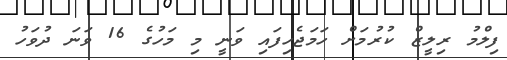
ފިލްމު ރިލީޒް ކުރުމަށް ހަމަޖެހިފައި ވަނީ މި މަހުގެ 16 ވަނަ ދުވަހު